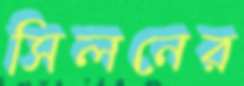
সিলনের